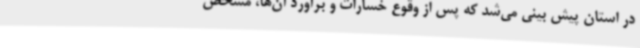
در استان پیش بینی می‌شد که پس از وقوع خسارات و برآورد آن‌ها، مشخص